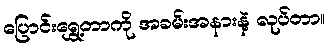
ပြောင်းရွှေ့တာကို အခမ်းအနားနဲ့ လုပ်တာ။